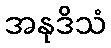
အနုဒိသံ